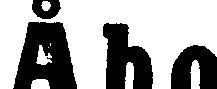
Åbo